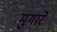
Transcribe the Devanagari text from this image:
मुगारे